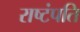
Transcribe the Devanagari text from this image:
राष्टंपति